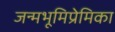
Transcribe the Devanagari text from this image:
जन्मभूमिप्रेमिका